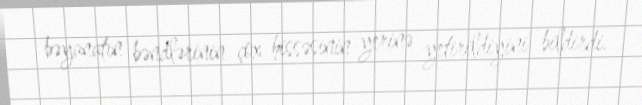
bəyanatın bəndlərinin çox hissəsinin yerinə yetirildiyini bildirdi.